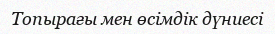
Топырағы мен өсімдік дүниесі